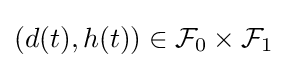
(d(t),h(t))\in {\mathcal {F}}_{0}\times {\mathcal {F}}_{1}